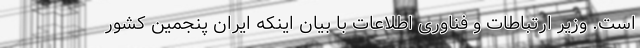
است. وزیر ارتباطات و فناوری اطلاعات با بیان اینکه ایران پنجمین کشور